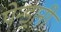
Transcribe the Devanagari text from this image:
पेन्ड्रानी